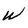
Character: w